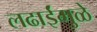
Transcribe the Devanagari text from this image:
लढाईंमुळे